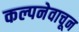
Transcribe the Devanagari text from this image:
कल्पनेवाचून